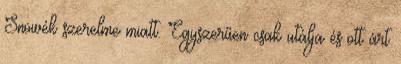
Snowék szerelme miatt. Egyszerűen csak utálja és ott árt